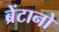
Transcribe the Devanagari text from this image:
ब्रेंटानो